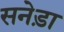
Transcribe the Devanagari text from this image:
सनेड़ा